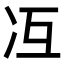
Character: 冱